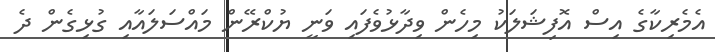
އެމެރިކާގެ އިސް އޮފިޝަލަކު މިހެން ވިދާޅުވެފައި ވަނީ ޔުކްރޭން މައްސަލައާއި ގުޅިގެން ދެ